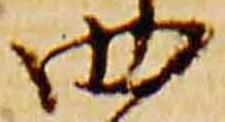
四